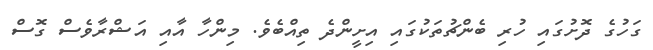
ގަހުގެ ދޮށުގައި ހުރި ބެންޗުތަކުގައި އިށީންދެ ތިއްބެވެ. މިންހާ އާއި އަޝްރާވެސް ގޮސް